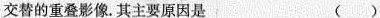
交替的重叠影像。其主要原因是 ( )